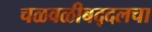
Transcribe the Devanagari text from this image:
चळवळीबद्दलचा